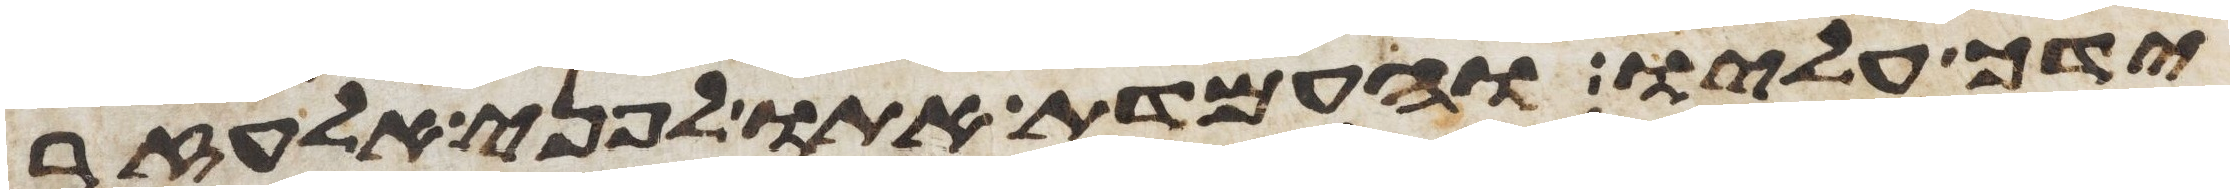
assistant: ידך עליו והעמדת אתו לפני אלעזר